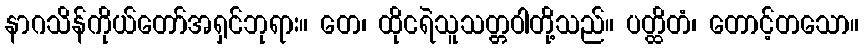
နာဂသိန်ကိုယ်တော်အရှင်ဘုရား။ တေ၊ ထိုငရဲသူသတ္တဝါတို့သည်။ ပတ္ထိတံ၊ တောင့်တသော။